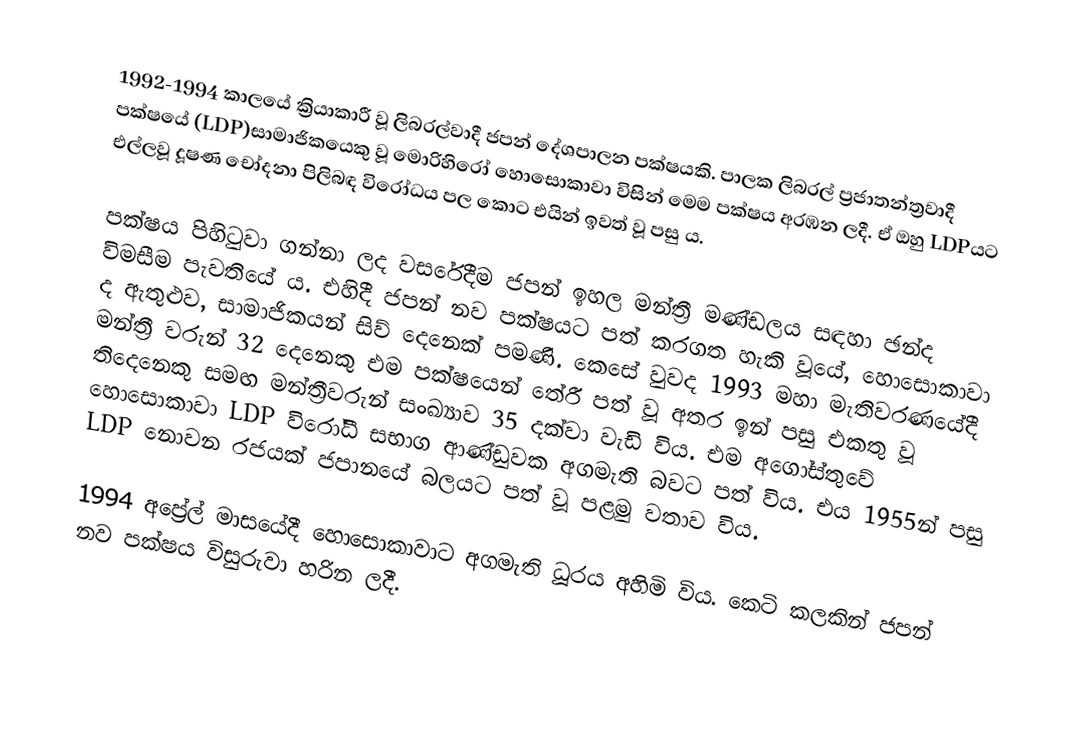
1992-1994 කාලයේ ක්‍රියාකාරී වූ ලිබරල්වාදී ජපන් දේශපාලන පක්ෂයකි. පාලක ලිබරල් ප්‍රජාතන්ත්‍රවාදී පක්ෂයේ (LDP)සාමාජිකයෙකු වූ මොරිහිරෝ හොසොකාවා විසින් මෙම පක්ෂය අරඹන ලදී. ඒ ඔහු LDPයට එල්ලවූ දූෂණ චෝදනා පිලිබඳ විරෝධය පල කොට එයින් ඉවත් වූ පසු ය.

පක්ෂය පිහිටුවා ගන්නා ලද වසරේදීම ජපන් ඉහල මන්ත්‍රී මණ්ඩලය සඳහා ඡන්ද විමසීම පැවතියේ ය. එහිදී ජපන් නව පක්ෂයට පත් කරගත හැකි වූයේ, හොසොකාවා ද ඇතුළුව, සාමාජිකයන් සිව් දෙනෙක් පමණි. කෙසේ වුවද 1993 මහා මැතිවරණයේදී මන්ත්‍රී වරුන් 32 දෙනෙකු එම පක්ෂයෙන් තේරී පත් වූ අතර ඉන් පසු එකතු වූ තිදෙනෙකු සමඟ මන්ත්‍රීවරුන් සංඛ්‍යාව 35 දක්වා වැඩි විය. එම අගෝස්තුවේ හොසොකාවා LDP විරෝධී සභාග ආණ්ඩුවක අගමැති බවට පත් විය. එය 1955න් පසු LDP නොවන රජයක් ජපානයේ බලයට පත් වූ පළමු වතාව විය.

1994 අප්‍රේල් මාසයේදී හොසොකාවාට අගමැති ධූරය අහිමි විය. කෙටි කලකින් ජපන් නව පක්ෂය විසුරුවා හරින ලදී.